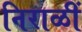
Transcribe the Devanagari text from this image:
निराळीं